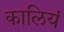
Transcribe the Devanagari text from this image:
कालियं